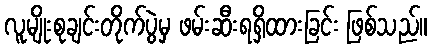
လူမျိုးစုချင်းတိုက်ပွဲမှ ဖမ်းဆီးရရှိထားခြင်း ဖြစ်သည်။